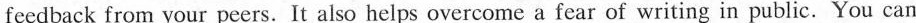
feedback from your peers. It also helps overcome a fear of writing in public.You can